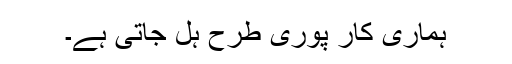
ہماری کار پوری طرح ہل جاتی ہے۔